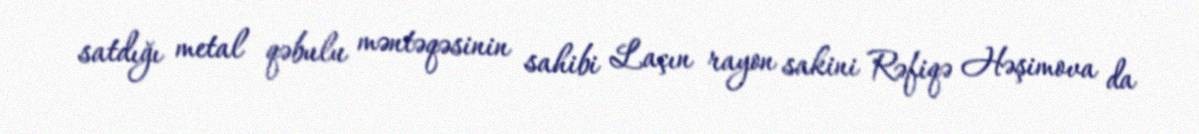
satdığı metal qəbulu məntəqəsinin sahibi Laçın rayon sakini Rəfiqə Həşimova da